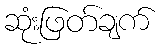
ဆုံးဖြတ်ချက်